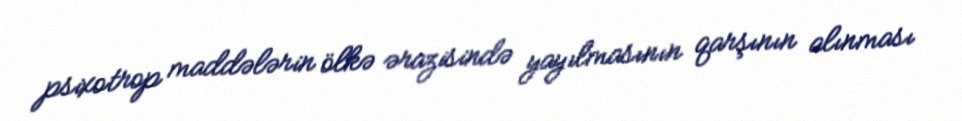
psixotrop maddələrin ölkə ərazisində yayılmasının qarşının alınması